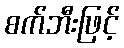
စက်ဘီးဖြင့်